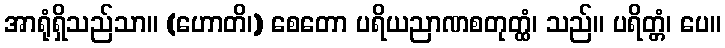
အာရုံရှိသည်သာ။ (ဟောတိ၊) စေတော ပရိယညာဏစတုတ္ထံ၊ သည်။ ပရိတ္တံ၊ ပေ။